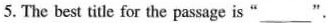
5. The best title for the passage is "___".